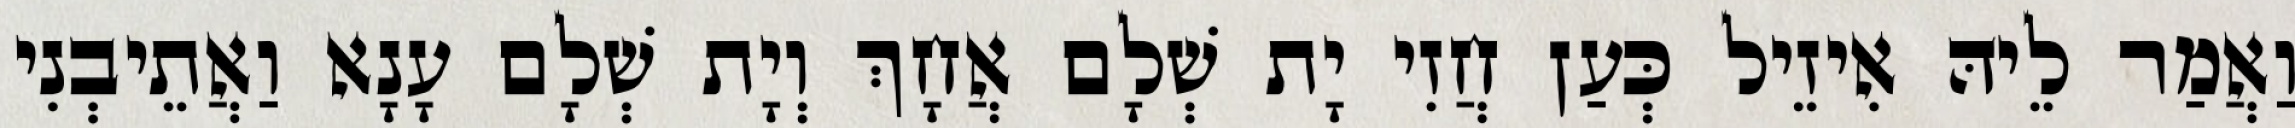
וַאֲמַר לֵיהּ אִיזֵיל כְּעַן חֲזִי יָת שְׁלָם אֲחָךְ וְיָת שְׁלָם עָנָא וַאֲתֵיבְנִי